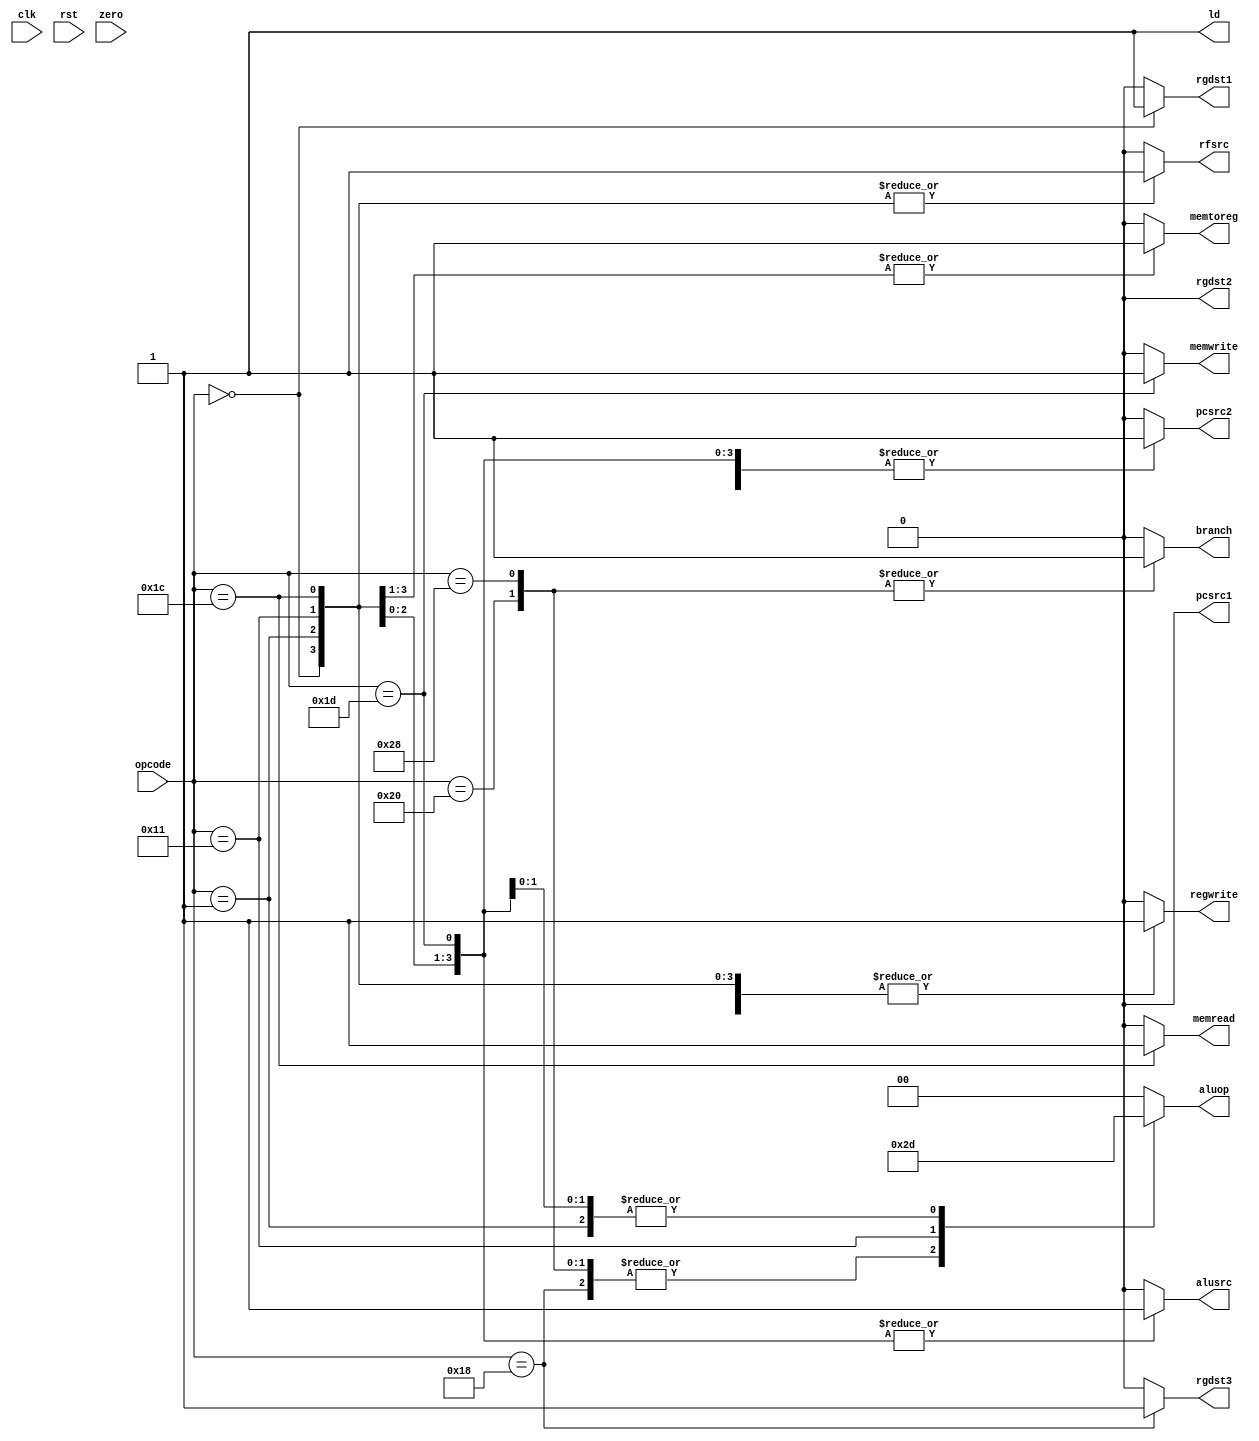
module MIPS_Control(input[5:0] opcode, input clk, rst, zero, output reg pcsrc1, pcsrc2 ,rgdst1, rgdst2, rgdst3, regwrite, alusrc
		,ld, memread, memwrite, memtoreg, branch, rfsrc, output reg [1:0] aluop);

assign pcsrc1 = (opcode == 6'b100000) ? (zero & branch) : (!zero & branch);
always @(*)  begin  
      {pcsrc1, pcsrc2, rgdst1, rgdst2, rgdst3, regwrite, alusrc
		, memread, memwrite, memtoreg, branch, rfsrc, aluop} <= 0;
	ld = 1'b1;
      case(opcode)
		6'b000000: begin //rtype
			pcsrc2 <= 1'b1;
			rgdst1 <= 1'b1;
			rgdst2 <= 1'b0;
			rgdst3 <= 1'b0;
			alusrc <= 1'b0;
			memtoreg <= 1'b1;
			regwrite <= 1'b1;
			rfsrc <= 1'b1;
			aluop <= 2'b00;
		end
		6'b010000: begin //jump
			pcsrc2 <= 1'b0;
		end
		6'b011000: begin //jump and link
			pcsrc2 <= 1'b0;
			rgdst3 <= 1'b1;
			regwrite <= 1'b1;
			rfsrc <= 1'b0;
			aluop <= 2'b10;
		end
		6'b100000: begin //branch equal
			branch <= 1'b1;
			pcsrc2 <= 1'b1;
			alusrc <= 1'b0;
			aluop <= 2'b10;
		end
		6'b101000: begin //branch not equal
			branch <= 1'b1;
			pcsrc2 <= 1'b1;
			alusrc <= 1'b0;
			aluop <= 2'b10;
		end
		6'b000001: begin //add immediate
			pcsrc2 <= 1'b1;
			regwrite <= 1'b1;
			rgdst1 <= 1'b0;
			rgdst2 <= 1'b0;
			rgdst3 <= 1'b0;
			memtoreg <= 1'b1;
			rfsrc <= 1'b1;
			alusrc <= 1'b1;
			aluop <= 2'b01;
		end
		6'b010001: begin //set on lower than immediate
			pcsrc2 <= 1'b1;
			regwrite <= 1'b1;
			rgdst1 <= 1'b0;
			rgdst2 <= 1'b0;
			rgdst3 <= 1'b0;
			memtoreg <= 1'b1;
			rfsrc <= 1'b1;
			alusrc <= 1'b1;
			aluop <= 2'b11;
		end
		6'b011100: begin //load word
			
			pcsrc2 <= 1'b1;
			alusrc <= 1'b1;
			regwrite <= 1'b1;
			aluop <= 2'b01;
			memread <= 1'b1;
			memtoreg <= 1'b0;
			rfsrc <= 1'b1;
		end
		6'b011101: begin //store word
			pcsrc2 <= 1'b1;
			alusrc <= 1'b1;
			aluop <= 2'b01;
			memwrite <= 1'b1;
		end
	endcase
end

endmodule